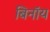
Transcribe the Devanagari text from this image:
बिनॉय